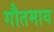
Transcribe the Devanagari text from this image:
गौतमाय